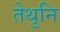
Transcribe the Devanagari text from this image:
तेथुनि